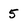
Character: 5